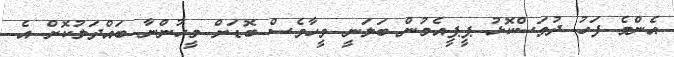
އެންމެ ފަހު ދުވަސްކޮޅު ޕީޕީއެމުން ބަލަނީ ވީހާވެސް ބޮޑަށް މީހުންނާ ބައްދަލުކޮށް އެ